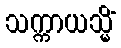
သက္ကာယသ္မိံ